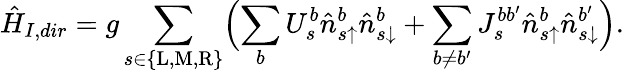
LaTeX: \hat{H}_{I,dir}=g\sum_{s\in\{ \mathrm{L},\mathrm{M},\mathrm{R}\} }\Bigl(\sum_{b}U_{s}^{b}\hat{n}_{s\uparrow}^{b}\hat{n}_{s\downarrow}^{b}+\sum_{b\neq b^{\prime}}J_{s}^{bb^{\prime}}\hat{n}_{s\uparrow}^{b}\hat{n}_{s\downarrow}^{b^{\prime}}\Bigr).